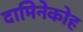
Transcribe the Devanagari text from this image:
दामिनेकोह